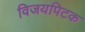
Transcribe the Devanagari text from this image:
विजयपिटक